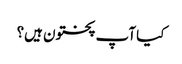
کیا آپ پختون ہیں؟